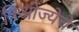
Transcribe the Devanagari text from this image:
त्रिओज्येचे